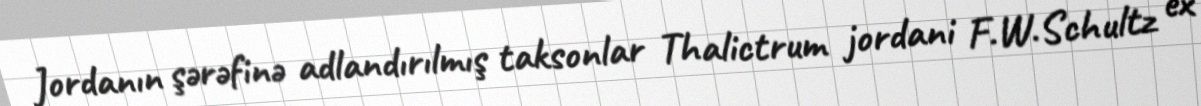
Jordanın şərəfinə adlandırılmış taksonlar Thalictrum jordani F.W.Schultz ex